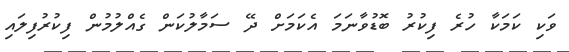
ވަކި ކަމަކާ ހުރެ ފިކުރު ބޮޑުވާނަމަ އެކަމަށް ދޭ ސަމާލުކަން ގެއްލުމުން ފިކުރުފިލައި